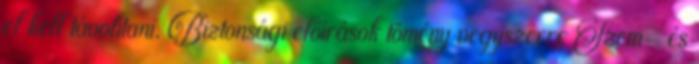
el kell távolítani. Biztonsági előírások tömény vegyszerre Szem- és